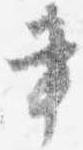
書